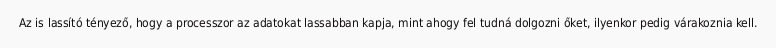
Az is lassító tényező, hogy a processzor az adatokat lassabban kapja, mint ahogy fel tudná dolgozni őket, ilyenkor pedig várakoznia kell.